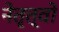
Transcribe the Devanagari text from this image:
नेतृत्वों